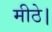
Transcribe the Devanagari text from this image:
मीठे।